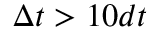
\Delta t > 1 0 d t